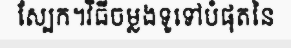
ស្បែក។វិធីចម្លងទូទៅបំផុតនៃ